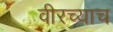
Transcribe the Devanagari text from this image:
वीरच्याच